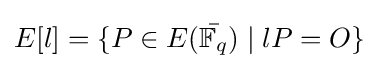
E[l]=\{P\in E({\bar {\mathbb {F} _{q}}})\mid lP=O\}